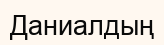
Даниалдың